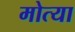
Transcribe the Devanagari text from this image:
मोत्या